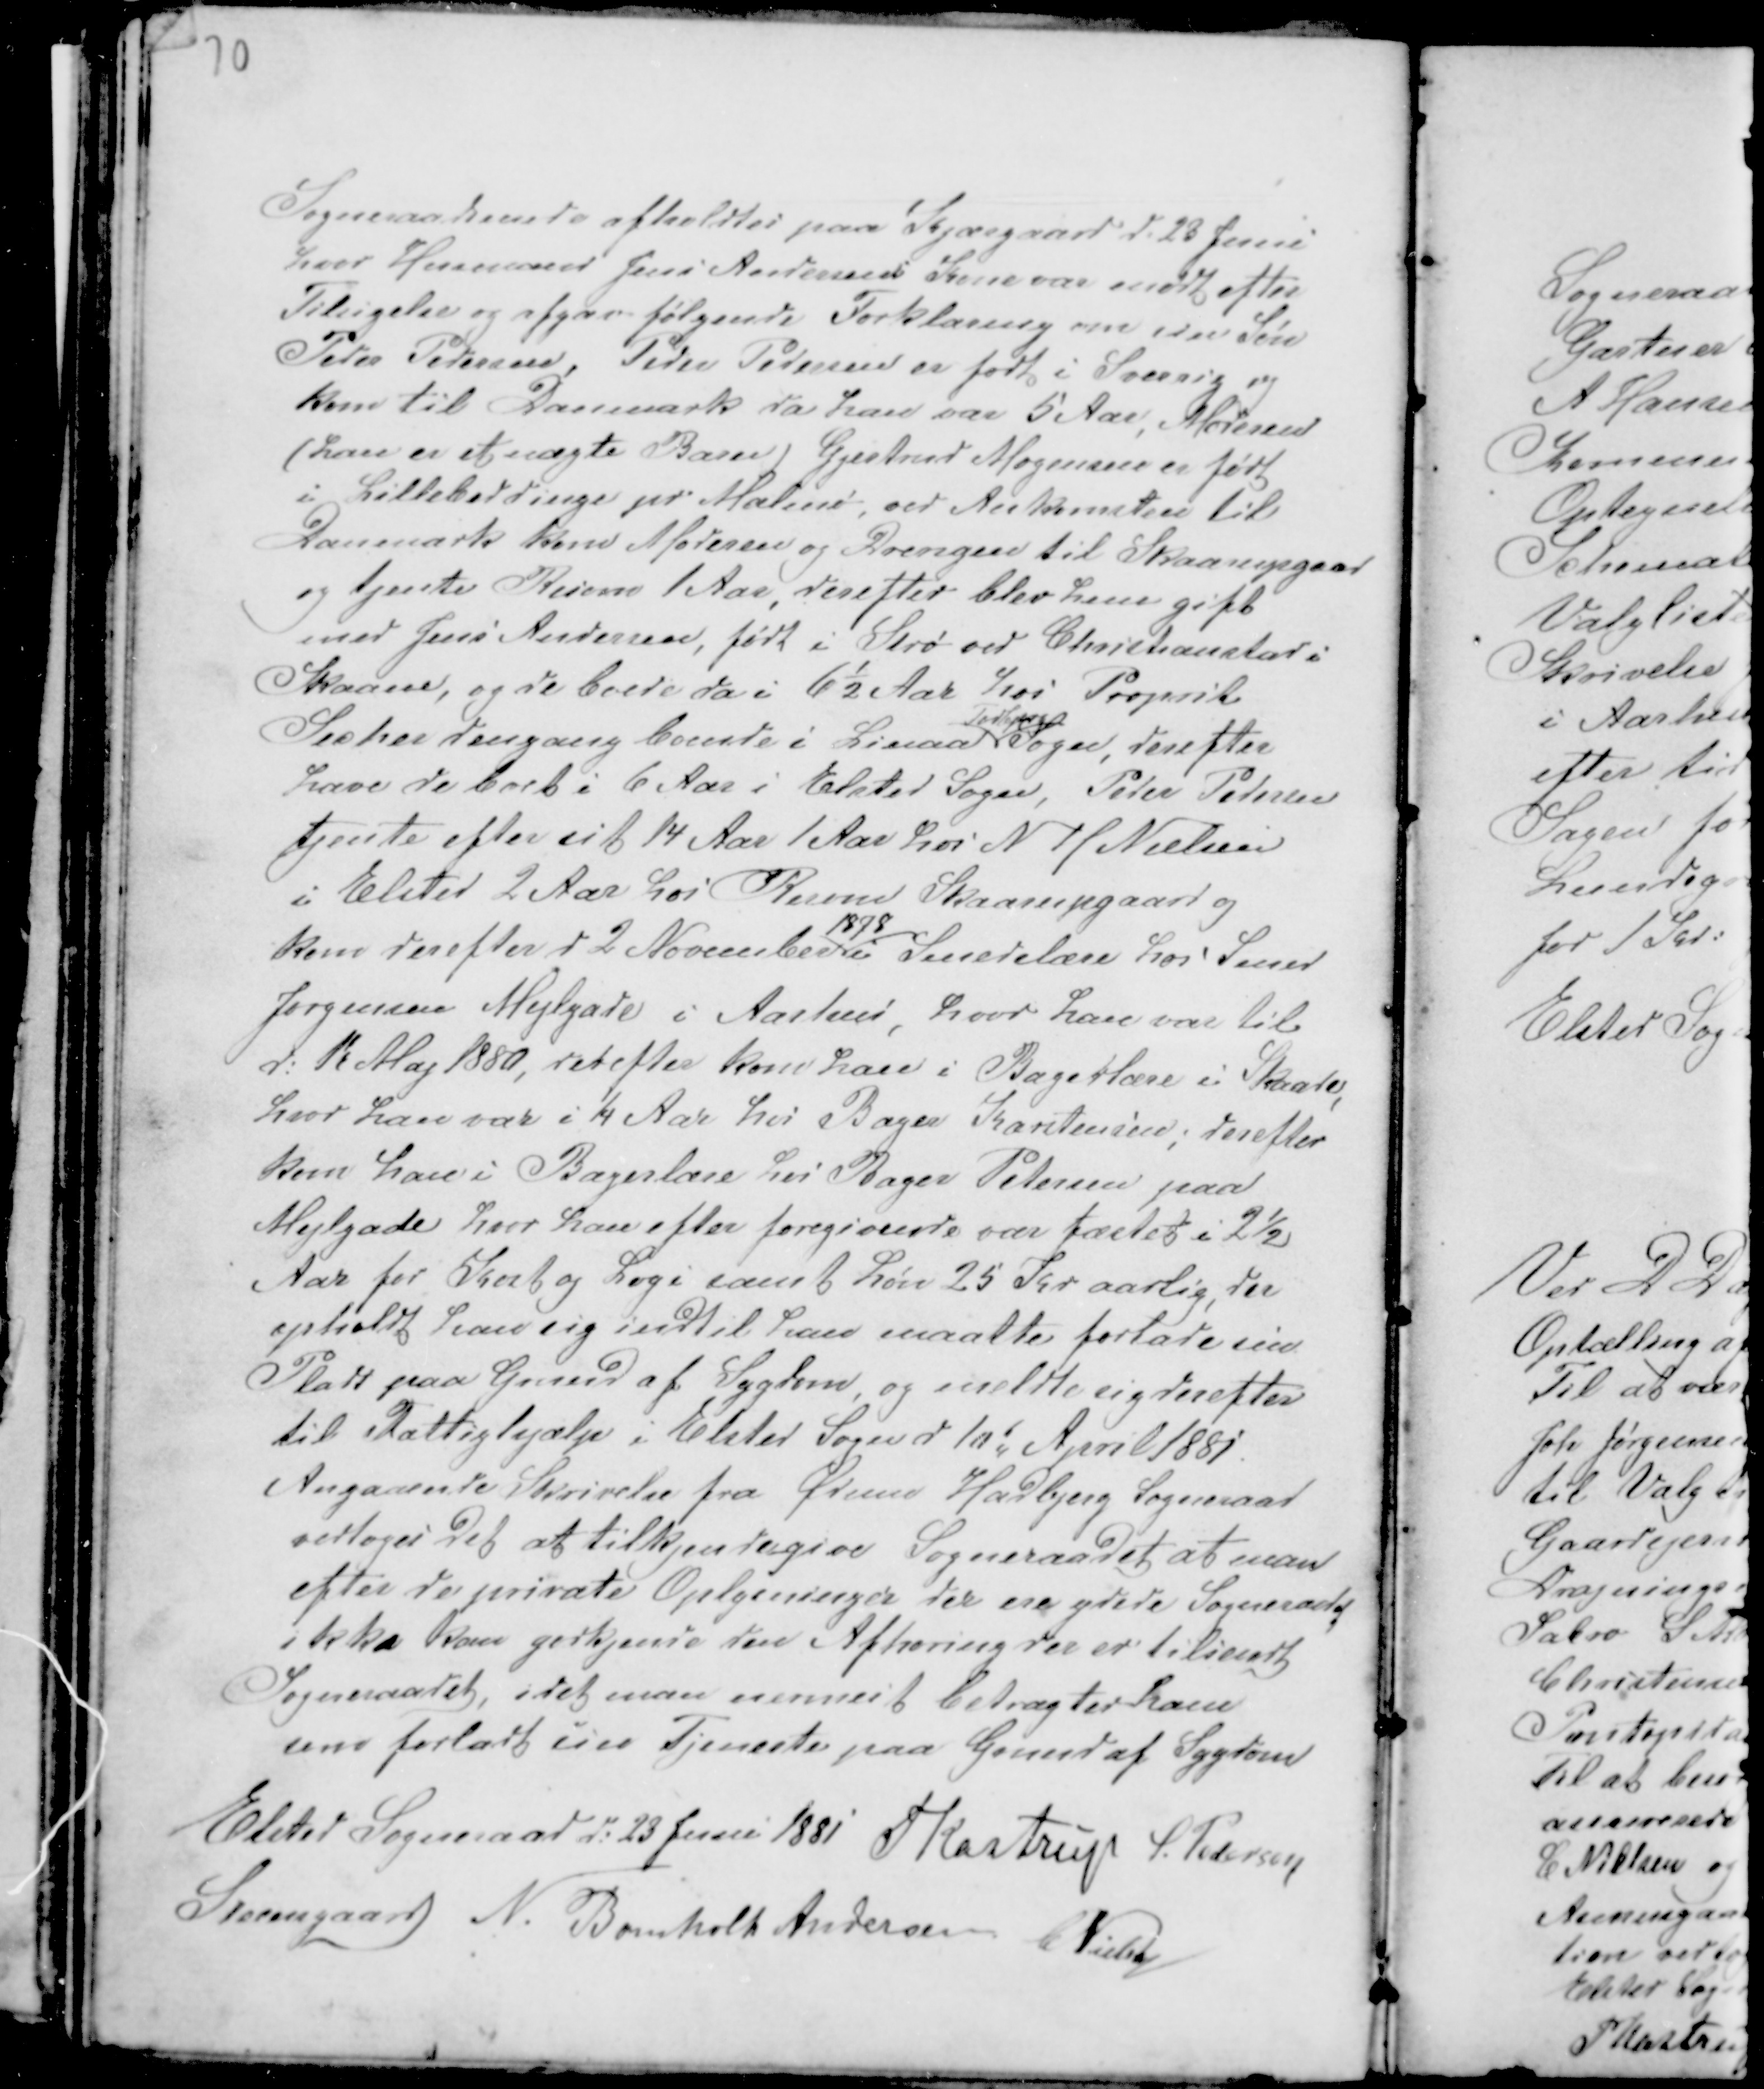
Transskription:
Sogneraadsmøde afholdtes paa Kjærgaard d. 23 Juni
hvor Husmand Jens Andersens Kone var mødt efter
Tilsigelse og afgav følgende Forklaring om sin Søn
Peder Pedersen, Peder Pedersen er født i Sverrig og
kom til Danmark da han var 5 Aar, Moderen
( han er et uægte Barn ) Gjertrud Mogensen er født
i Lillebeddinge pr Malmø, ved Ankomsten til
Danmark kom Moderen og Drengen til Skaarupgaard
og tjente Risom 1 Aar, derefter blev hun gift
med Jens Andersen, født i Strø ved Christianstad i
Skaane, og de boede da i 6½ Aar hos Proprit
Secher dengang boende i Linaa
Todbjerg
Sogn, derefter
har de boet i 6 Aar i Elsted Sogn, Peder Pedersen
tjente efter sit 14 Aar 1 Aar hos N H Nielsen
i Elsted 2 Aar hos Risom Skaarupgaard og
kom derefter d 2 November
1878
i Smedelære hos Smed
Jørgensen Mejlgade i Aarhus, hvor han var til
d. 1t Maj 1880, derefter kom han i Bagerlære i Skaade,
hvor han var ¼ Aar hos Bager Karstensen; derefter
kom han i Bagerlære hos Bager Petersen paa
Mejlgade hvor han efter foregivende var fæstet i 2½
Aar for Kost og Logi samt Løn 25 Kr aarlig, der
opholdt han sig indtil han maatte forlade sin
Plads paa Grund af Sygdom, og meldte sig derefter
til Fattighjælp i Elsted Sogn d 10d April 1881.
Angaaende Skrivelse fra Ødum Hadbjerg Sogneraad
vedtoges det at tilkjendegive Sogneraadet at man
efter de private Oplysninger der ere ydede Sogneraadet
ikke kan godkjende den i Afhøring der er tilsendt
Sogneraadet, idet man nermest betragter ham
som forladt sin Tjeneste paa Grund af Sygdom

Elsted Sogneraad d. 23 Juni 1881 Kastrup S. Pedersen
Steensgaard N. Bomholt Andersen CNielsen